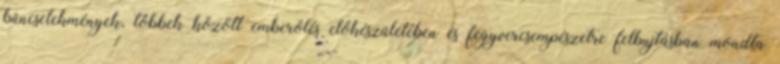
bűncselekmények, többek között emberölés előkészületében és fegyvercsempészetre felbujtásban mondta